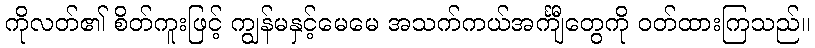
ကိုလတ်၏ စိတ်ကူးဖြင့် ကျွန်မနှင့်မေမေ အသက်ကယ်အင်္ကျီတွေကို ဝတ်ထားကြသည်။